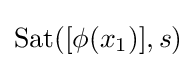
{\mbox{Sat}}([\phi (x_{1})],s)